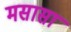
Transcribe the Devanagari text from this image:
मसासा